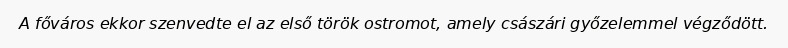
A főváros ekkor szenvedte el az első török ostromot, amely császári győzelemmel végződött.